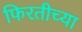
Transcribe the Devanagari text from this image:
फिरतीच्या